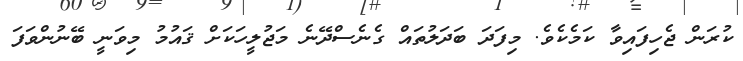
ކުރަން ޖެހިފައިވާ ކަމެކެވެ. މިފަދަ ބަދަލުތައް ގެނެސްދޭނެ މަޖުލީހަކަށް ޤައުމު މިވަނީ ބޭނުންވަފަ